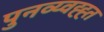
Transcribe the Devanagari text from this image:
पुनव्य्वह्ह्त